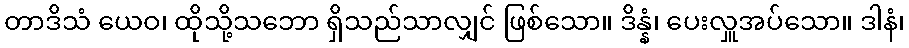
တာဒိသံ ယေဝ၊ ထိုသို့သဘော ရှိသည်သာလျှင် ဖြစ်သော။ ဒိန္နံ၊ ပေးလှူအပ်သော။ ဒါနံ၊